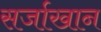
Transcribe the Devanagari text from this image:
सर्जाखान